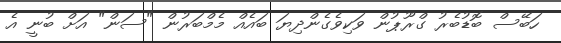
ހަބޭސް ބޮޑުބެރު ގްރޫޕުން ވަކިވެގެންދިޔަ ބައެއް މެމްބަރުން "ސަން" އަށް ބުނީ އެ